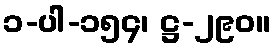
၁-ပါ-၁၅၄၊ ဋ္ဌ-၂၉၀။